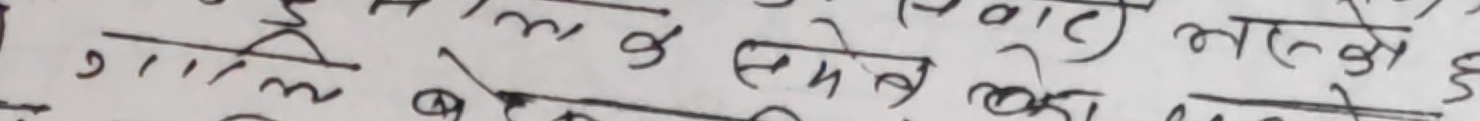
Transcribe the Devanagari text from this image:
के बाल से को र जाने बाँडेको अब पछी
ग ३ मे रु कांग्रेस दे र हामी